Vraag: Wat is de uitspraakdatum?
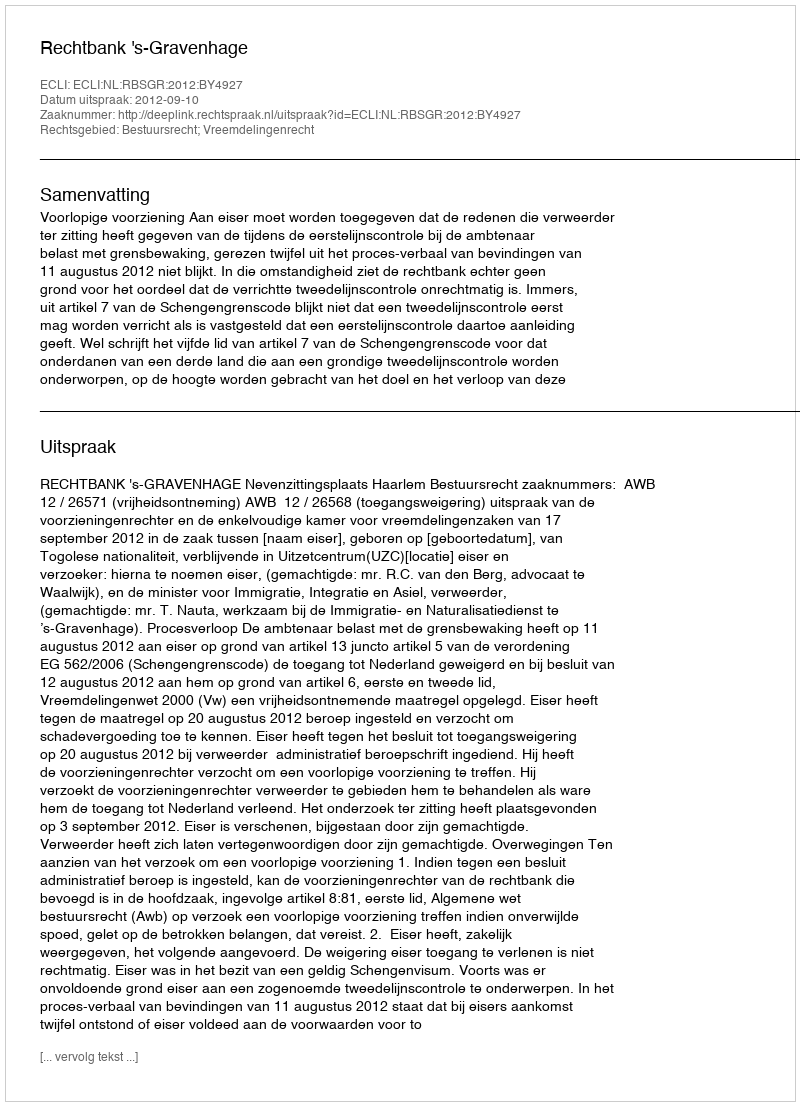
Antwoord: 2012-09-10